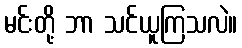
မင်းတို့ ဘာ သင်ယူကြသလဲ။